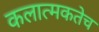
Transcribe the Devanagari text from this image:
कलात्मकतेच